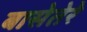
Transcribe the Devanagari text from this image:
बासेतेरे